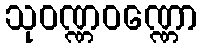
သုဝဏ္ဏဝဏ္ဏော